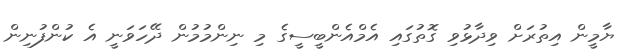
ޔާމީން އިތުރަށް ވިދާޅުވި ގޮތުގައި އެމްއެންބީސީގެ މި ނިންމުމުން ދޭހަވަނީ އެ ކުންފުނިން